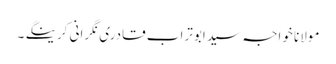
مولانا خواجہ سید ابوتراب قادری نگرانی کرینگے ۔